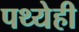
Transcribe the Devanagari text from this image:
पथ्येही